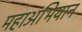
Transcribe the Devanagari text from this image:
महाअभियान